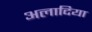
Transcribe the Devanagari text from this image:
अलादिया